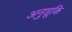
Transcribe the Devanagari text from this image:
अनुशूकि